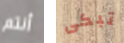
أنتم تبكى